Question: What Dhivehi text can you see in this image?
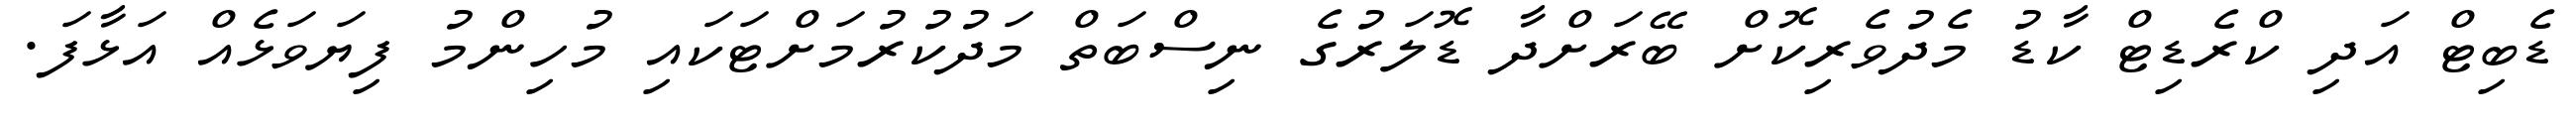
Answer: ޑެބިޓް އަދި ކްރެޑިޓް ކާޑު މެދުވެރިކޮށް ބޭރަށްދާ ޑޮލަރުގެ ނިސްބަތް މަދުކުރުމަށްޓަކައި މުހިންމު ފިޔަވަޅެއް އަޅާފަ.